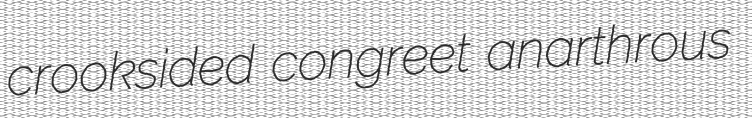
crooksided congreet anarthrous